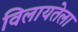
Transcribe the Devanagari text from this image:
विलायतेला